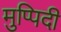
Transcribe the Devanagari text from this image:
मुप्पिदी